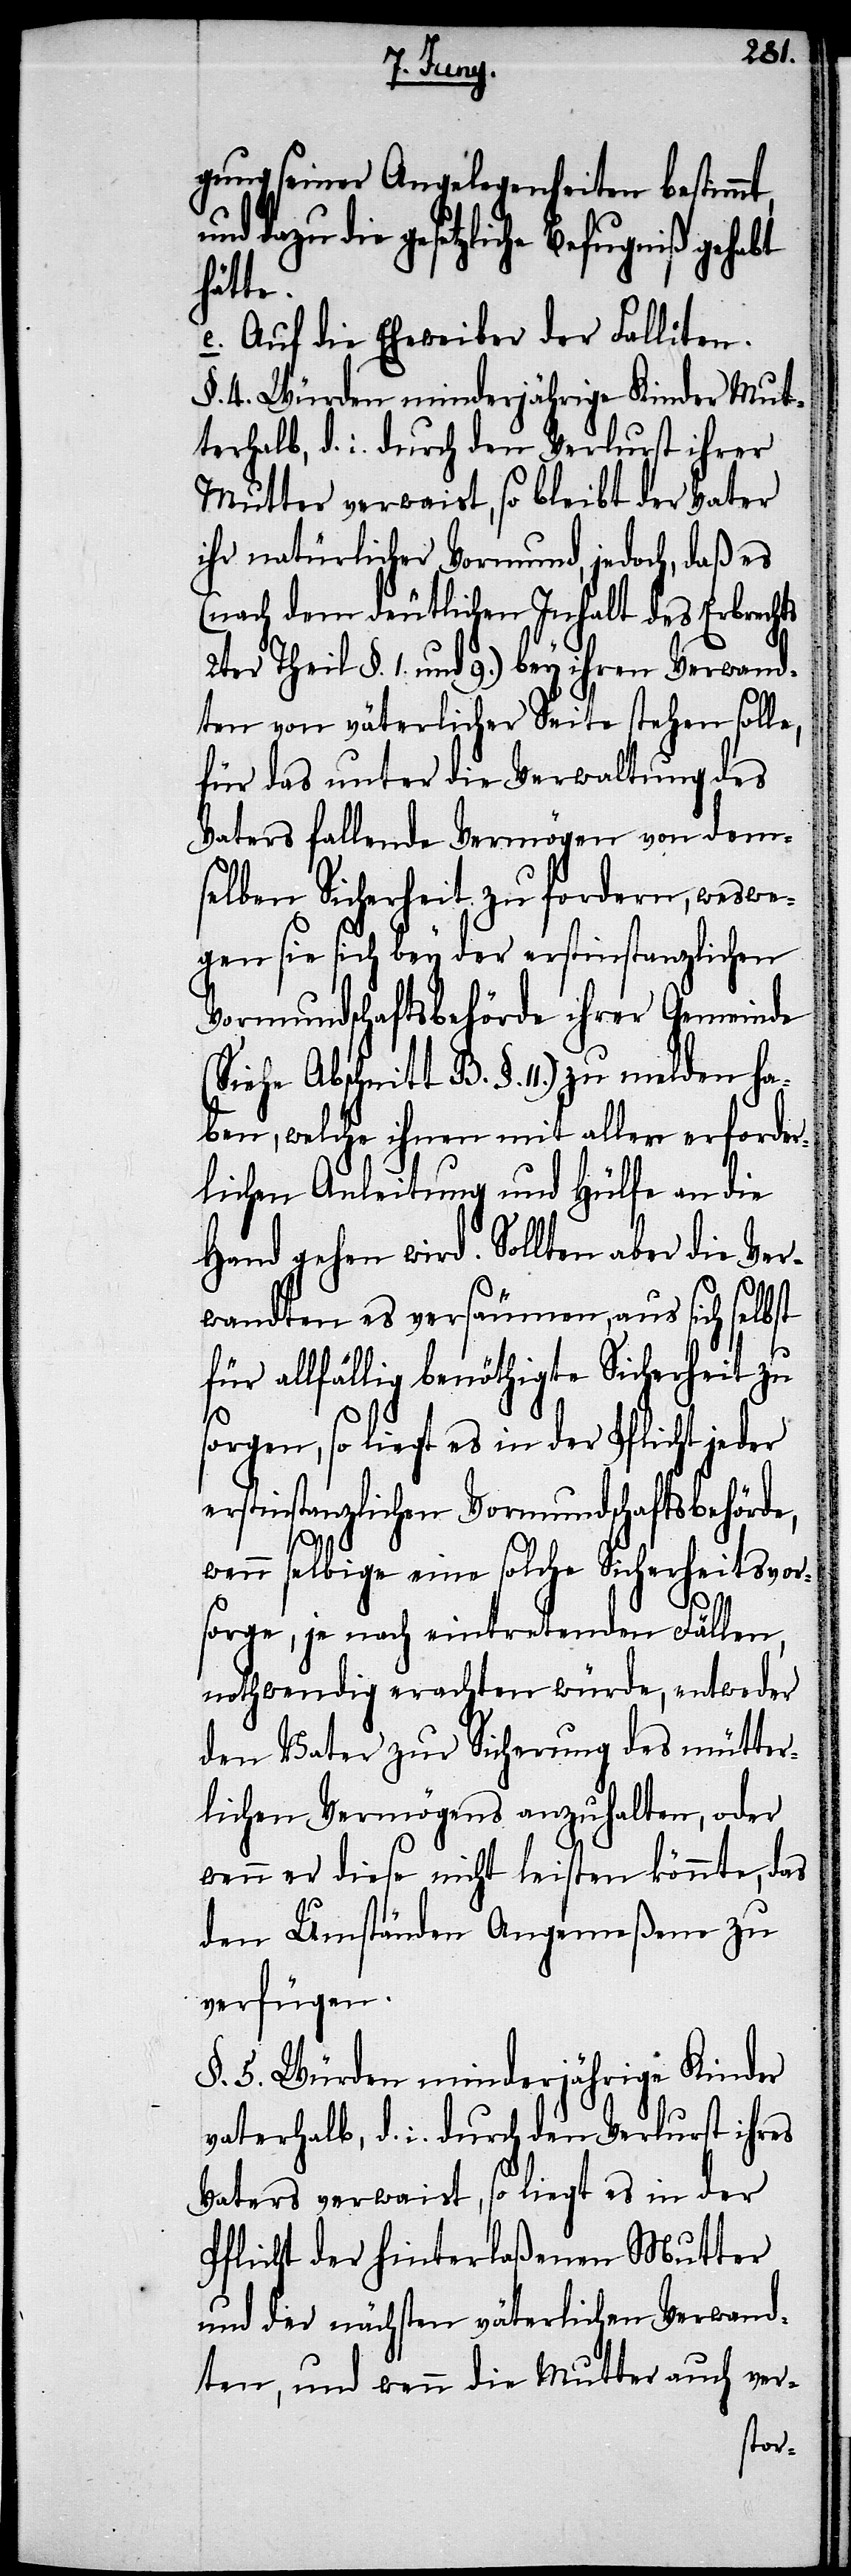
gung Angelegenheiten bestimmt,
dazu die gesetzliche Befugniß gehabt
hätte.
e.) Auf die Eheweiber der Falliten.
§. 4. Würden minderjährige Kinder Mut¬
terhalb, d. i. durch den Verlurst ihrer
Mutter verwaist, so bleibt der Vater
ihr natürlicher Vormund, jedoch, daß es
(nach dem deutlichen Inhalt des Erbrechts
2ter Theil §. 1. und 9.) bey ihren Verwand¬
ten von väterlicher Seite stehen solle,
für das unter die Verwaltung des
Vaters fallende Vermögen von dem¬
selben Sicherheit zu fordern, weswe¬
gen sie sich bey der erstinstanzlichen
Vormundschaftsbehörde ihrer Gemeinde
ben, welche ihnen mit aller erforder¬
lichen Anleitung und Hülfe an die
Hand gehen wird. Sollten aber die Ver¬
wandten es versäumen, aus sich selbst
für allfällig benöthigte Sicherheit zu
sorgen, so liegt es in der Pflicht jeder
erstinstanzlichen Vormundschaftsbehörde,
wenn selbige eine solche Sicherheitsvor¬
ha¬
sorge, je nach eintretenden Fällen,
nothwendig erachten würde, entweder
den Vater zur Sicherung des mütter¬
lichen Vermögens anzuhalten, oder
wenn er diese nicht leisten könnte, das
den Umständen Angemeßene zu
verfügen.
§. 5. Würden minderjährige Kinder
vaterhalb, d. i. durch den Verlurst ihres
Vaters verwaist, so liegt es in der
Pflicht der hinterlaßenen Mutter
und der nächsten väterlichen Verwand¬
ten, und wenn die Mutter auch ver-